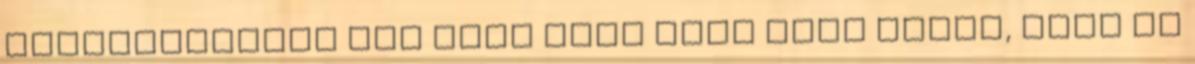
automatikusan azt kell hogy maga után vonja, hogy az